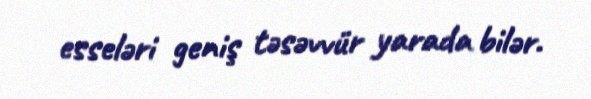
esseləri geniş təsəvvür yarada bilər.